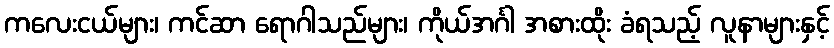
ကလေးငယ်များ၊ ကင်ဆာ ရောဂါသည်များ၊ ကိုယ်အင်္ဂါ အစားထိုး ခံရသည့် လူနာများနှင့်